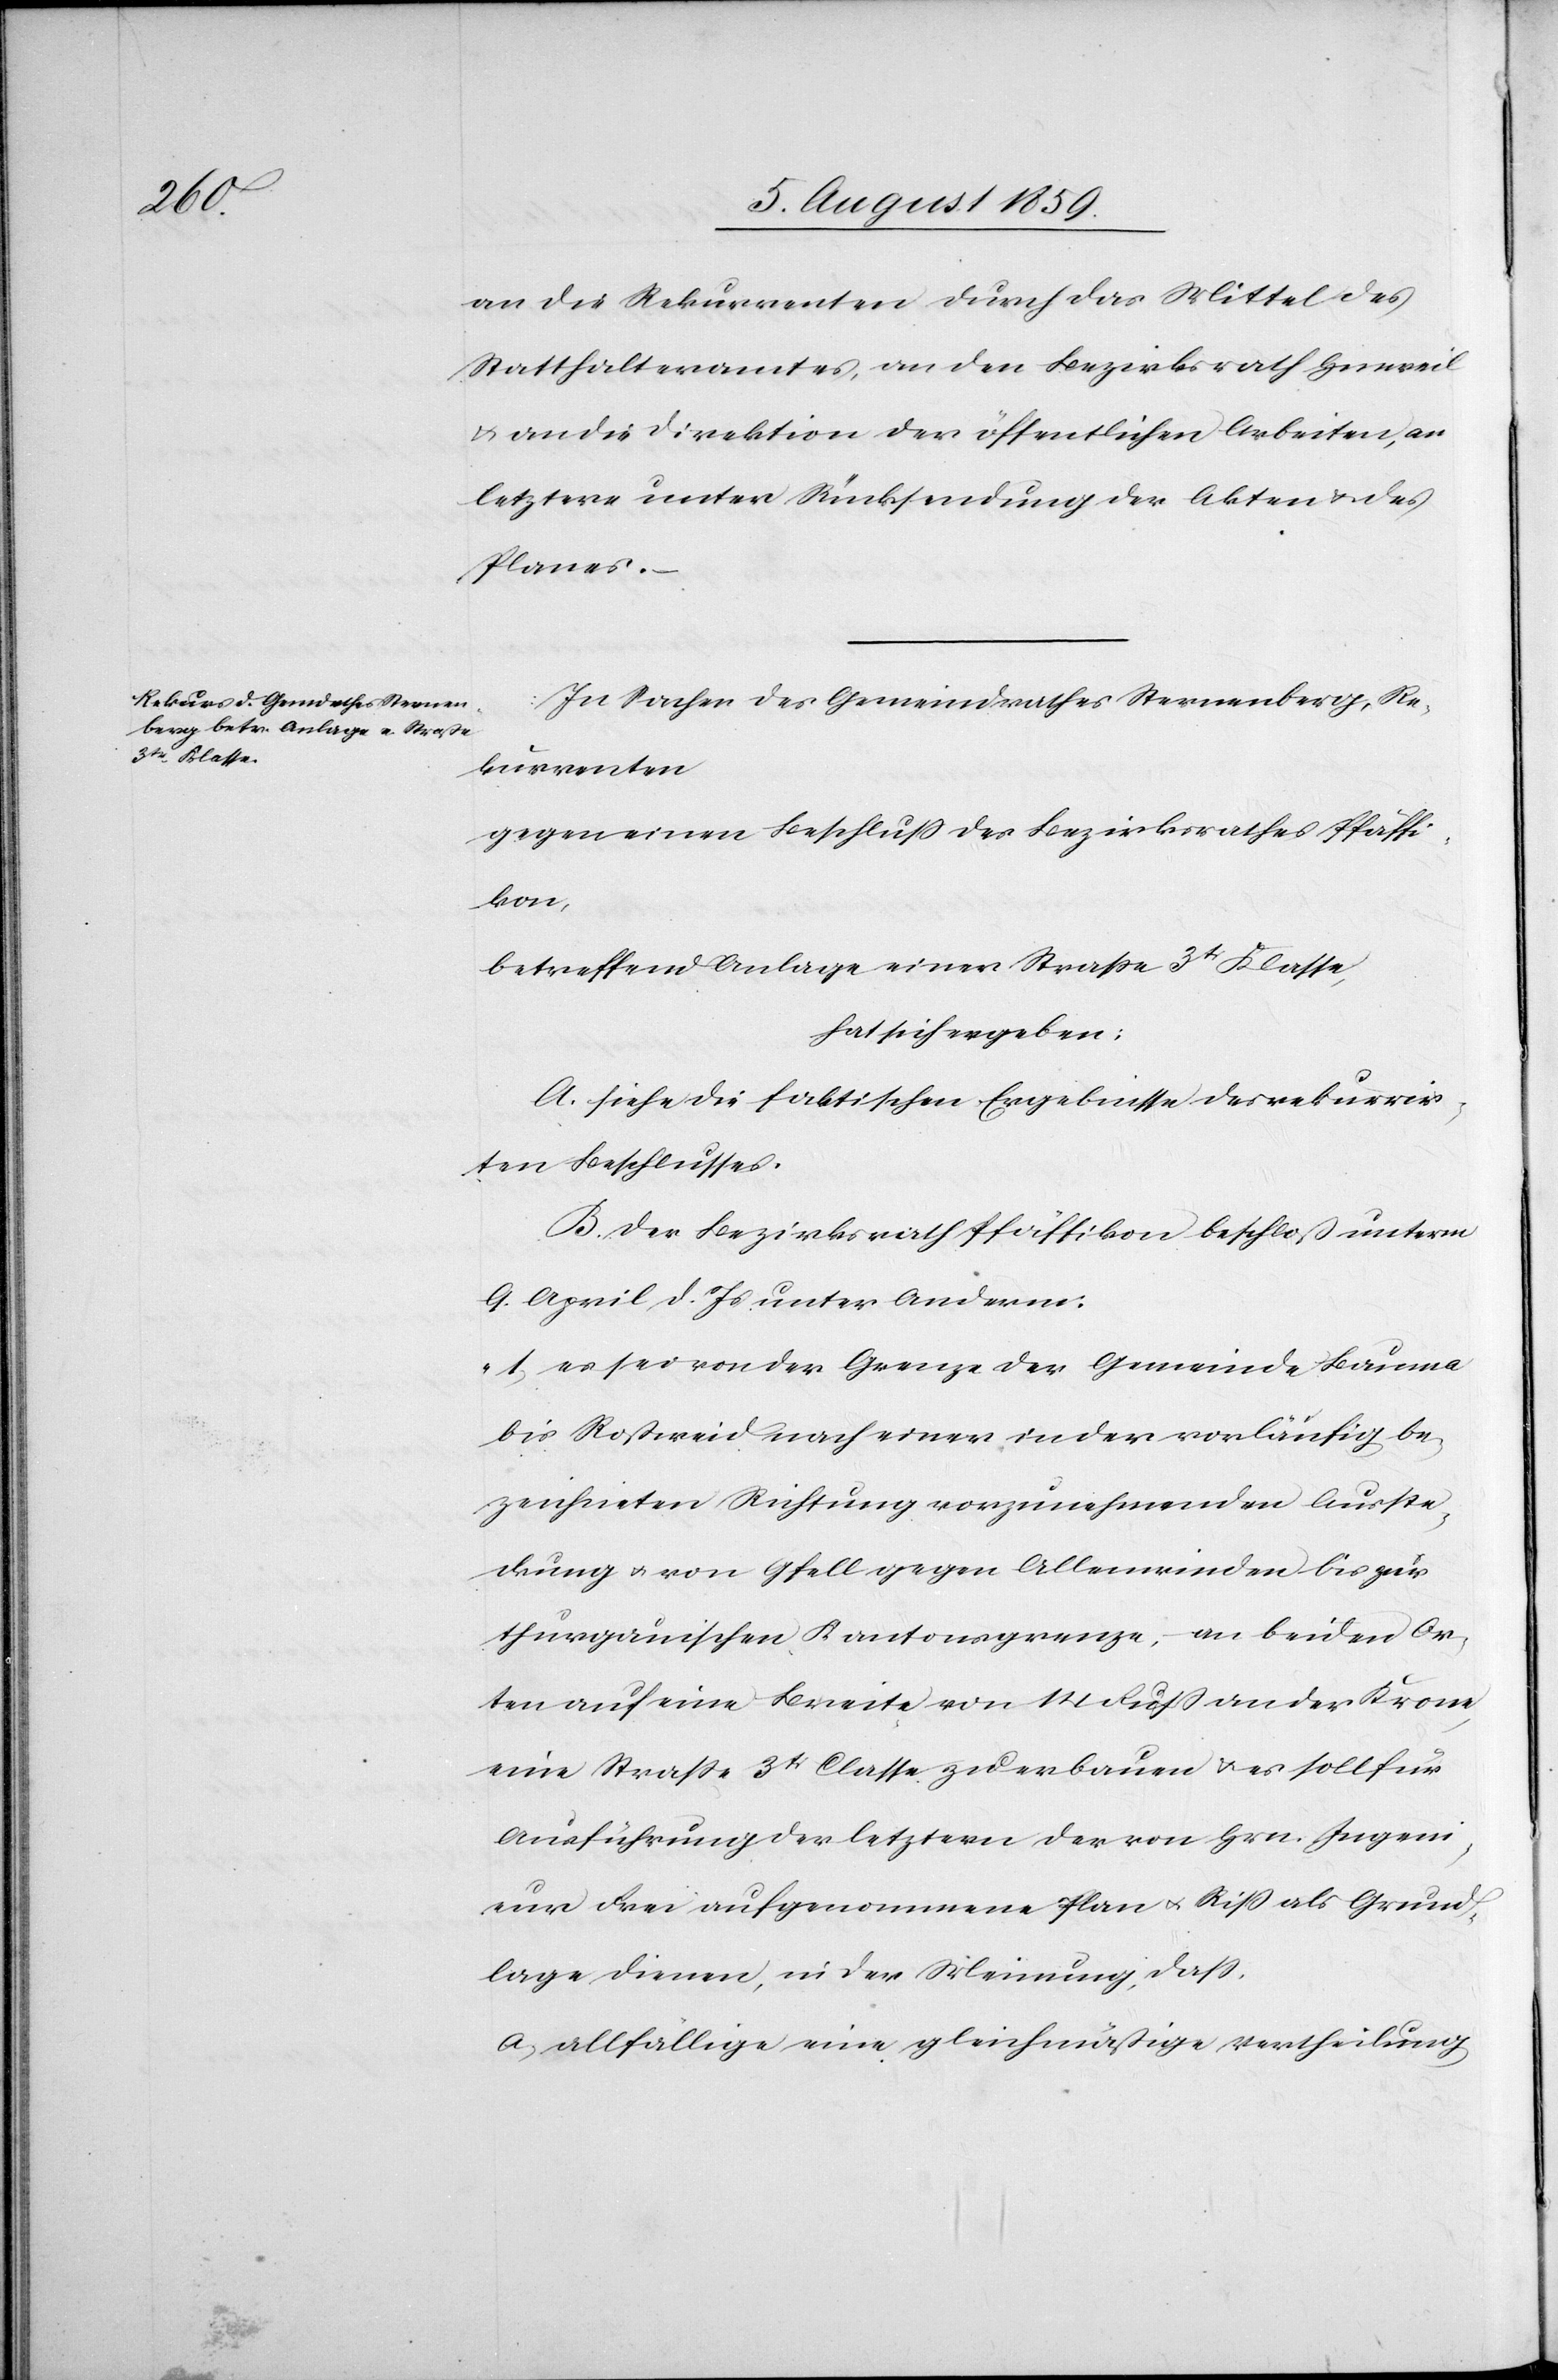
an die Rekurrenten durch das Mittel des
Statthalteramtes, an den Bezirksrath Hinweil
u. an die Direktion der öffentlichen Arbeiten, an
letztere unter Rücksendung der Akten u. des
Planes.
In Sachen des Gemeindrathes Sternenberg, Re¬
kurrenten
gegen einen Beschluß des Bezirksrathes Pfäffi¬
kon,
betreffend Anlage einer Straße 3t. Klasse,
hat sich ergeben:
A. siehe die faktischen Ergebnisse des rekurrir¬
ten Beschlusses.
B. Der Bezirksrath Pfäffikon beschloß unterm
9. April d. Js. unter Anderm:
„1. es sei von der Grenze der Gemeinde Bauma
bis Roßweid nach einer in der vorläufig be¬
zeichneten Richtung vorzunehmenden Ausste¬
ckung u. von Gfell gegen Allenwinden bis zur
thurgauischen Kantonsgrenze, an beiden Or¬
ten auf eine Breite von 14 Fuß an der Krone
eine Straße 3tr. Classe zu erbauen u. es soll für
Ausführung der letztern der von Hrn. Ingeni¬
eur Frei aufgenommene Plan u. Riß als Grund¬
lage dienen, in der Meinung, daß,
a. allfällige eine gleichmäßige Vertheilung